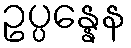
ဥပ္ပန္နေန